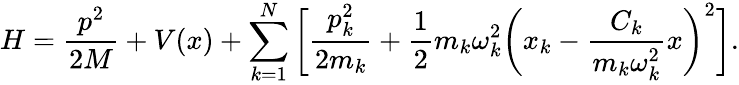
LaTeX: H=\frac{p^{2}}{2M}+V(x)+\sum_{k=1}^{N}\bigg[\frac{p_{k}^{2}}{2m_{k}}+\frac{1}{2}m_{k}\omega_{k}^{2}\bigg(x_{k}-\frac{C_{k}}{m_{k}\omega_{k}^{2}}x\bigg)^{2}\bigg].